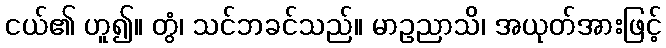
ငယ်၏ ဟူ၍။ တွံ၊ သင်ဘခင်သည်။ မာဥညာသိ၊ အယုတ်အားဖြင့်